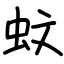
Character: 蚊